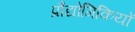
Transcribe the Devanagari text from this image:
प्रौद्योगिकियों